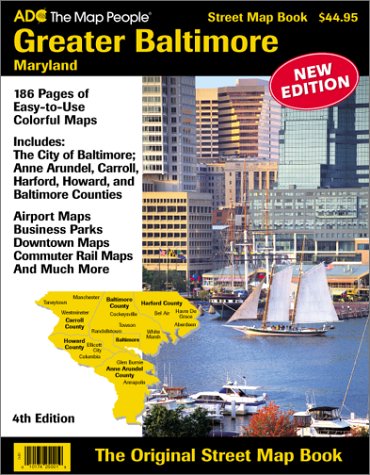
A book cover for Baltimore, MD Greater Atlas; Adc; Travel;